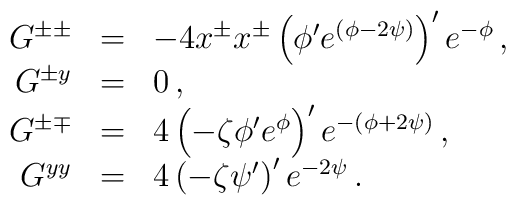
\begin{array}{rcl}G^{\pm\pm} & = &-4 x^{\pm}x^{\pm} \left(\phi'e^{(\phi - 2 \psi)}\right)'e^{-\phi}\,,\\G^{\pm y} & = &0\,,\\G^{\pm\mp} & = &4 \left(- \zeta\phi'e^{\phi }\right)'e^{-(\phi + 2 \psi)}\,,\\G^{yy} & = &4 \left(- \zeta\psi'\right)'e^{-2\psi}\,.\end{array}